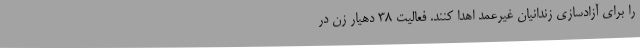
را برای آزادسازی زندانیان غیرعمد اهدا کنند. فعالیت ۳۸ دهیار زن در